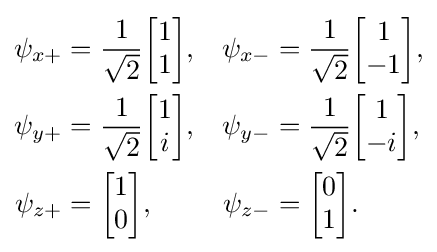
{\begin{aligned}\psi _{x+}&={\frac {1}{\sqrt {2}}}{\begin{bmatrix}1\\1\end{bmatrix}},&\psi _{x-}&={\frac {1}{\sqrt {2}}}{\begin{bmatrix}1\\-1\end{bmatrix}},\\\psi _{y+}&={\frac {1}{\sqrt {2}}}{\begin{bmatrix}1\\i\end{bmatrix}},&\psi _{y-}&={\frac {1}{\sqrt {2}}}{\begin{bmatrix}1\\-i\end{bmatrix}},\\\psi _{z+}&={\begin{bmatrix}1\\0\end{bmatrix}},&\psi _{z-}&={\begin{bmatrix}0\\1\end{bmatrix}}.\end{aligned}}